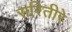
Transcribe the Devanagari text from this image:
सरितीरे